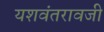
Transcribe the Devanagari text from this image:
यशवंतरावजी